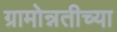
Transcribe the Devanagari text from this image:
ग्रामोन्नतीच्या